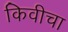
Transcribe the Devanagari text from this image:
किवीचा